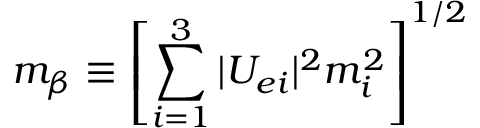
m _ { \beta } \equiv \left[ \sum _ { i = 1 } ^ { 3 } | U _ { e i } | ^ { 2 } m _ { i } ^ { 2 } \right] ^ { 1 / 2 }